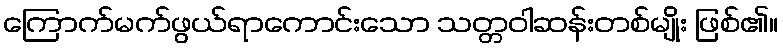
ကြောက်မက်ဖွယ်ရာကောင်းသော သတ္တဝါဆန်းတစ်မျိုး ဖြစ်၏။